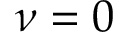
\nu = 0